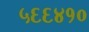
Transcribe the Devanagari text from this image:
५६६४१०